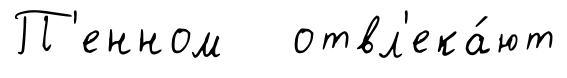
П'енном отвл'ека́ют